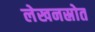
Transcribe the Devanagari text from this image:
लेखनस्रोत